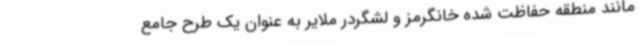
مانند منطقه حفاظت شده خانگرمز و لشگردر ملایر به عنوان یک طرح جامع